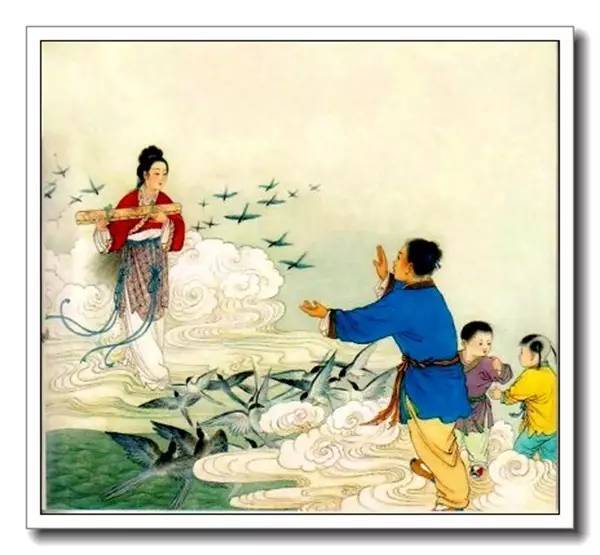
新秋逢闰，鹊桥重驾，两度人间乞巧。